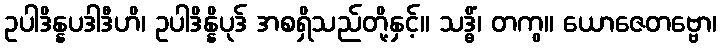
ဥပါဒိန္နပဒါဒီဟိ၊ ဥပါဒိန္နိပုဒ် အစရှိသည်တို့နှင့်။ သဒ္ဓိံ၊ တကွ။ ယောဇေတဗ္ဗော၊